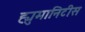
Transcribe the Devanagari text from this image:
ह्युमानिटीस